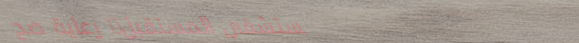
مستشفى المستقبل: رعاية صح